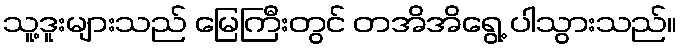
သူ့ဒူးများသည် မြေကြီးတွင် တအိအိရွေ့ ပါသွားသည်။